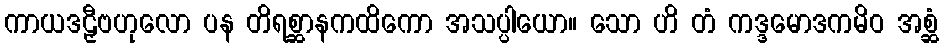
ကာယဒဠှီဗဟုလော ပန တိရစ္ဆာနကထိကော အသပ္ပါယော။ သော ဟိ တံ ကဒ္ဒမောဒကမိဝ အစ္ဆံ